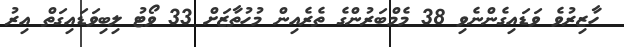
ހާޒިރުވެ ވަޑައިގެންނެވި 38 މެމްބަރުންގެ ތެރެއިން މުހުތާޒަށް 33 ވޯޓު ލިބިވަޑައިގަތް އިރު